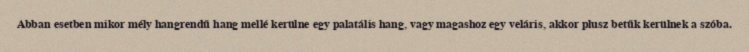
Abban esetben mikor mély hangrendű hang mellé kerülne egy palatális hang, vagy magashoz egy veláris, akkor plusz betűk kerülnek a szóba.